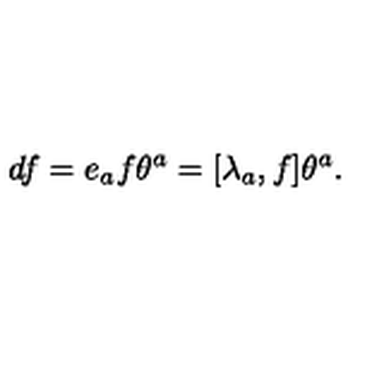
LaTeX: d f = e _ { a } f \theta ^ { a } = [ \lambda _ { a } , f ] \theta ^ { a } .